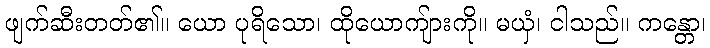
ဖျက်ဆီးတတ်၏။ ယော ပုရိသော၊ ထိုယောကျ်ားကို။ မယှံ၊ ငါသည်။ ကန္တော၊